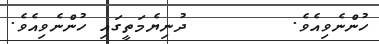
ހުންނެވިއެވެ.        ދުނިޔެމަތީގައި ހުންނެވިއެވެ.